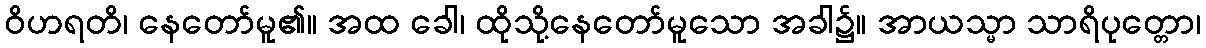
ဝိဟရတိ၊ နေတော်မူ၏။ အထ ခေါ၊ ထိုသို့နေတော်မူသော အခါ၌။ အာယသ္မာ သာရိပုတ္တော၊